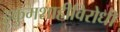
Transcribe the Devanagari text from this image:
हुकुमशाहीविरोधी